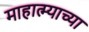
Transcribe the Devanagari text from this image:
माहात्म्याच्या